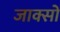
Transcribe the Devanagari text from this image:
जाक्सों